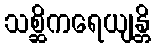
သစ္ဆိကရေယျန္တိ